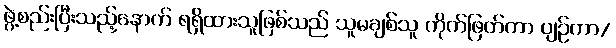
ဖွဲ့စည်းပြီးသည့်နောက် ရရှိထားသူဖြစ်သည် သူမချစ်သူ ကိုက်ဖြတ်ကာ ပျဉ်ကာ/